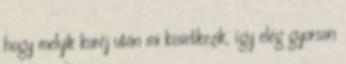
hogy melyik karéj után mi következik, így elég gyorsan